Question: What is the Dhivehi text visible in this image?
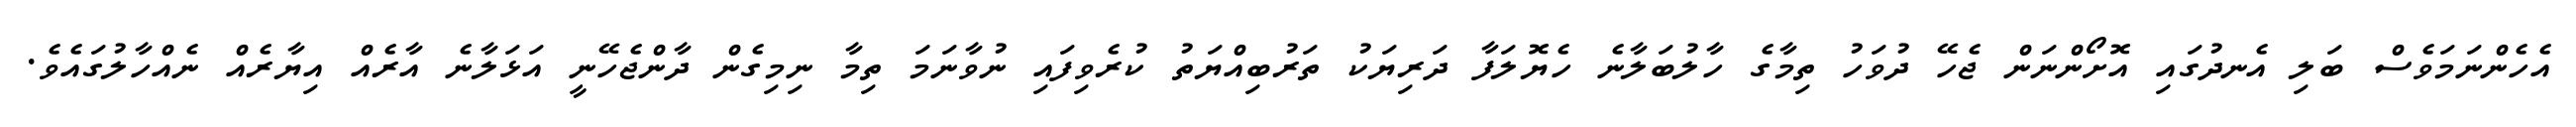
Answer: އެހެންނަމަވެސް ބަލި އެނދުގައި އޮށޯންނަން ޖެހޭ ދުވަހު ތިމާގެ ހާލުބަލާނެ ހެޔޮލަފާ ދަރިޔަކު ތަރުބިއްޔަތު ކުރެވިފައި ނުވާނަމަ ތިމާ ނިމިގެން ދާންޖެހޭނީ އަޅަލާނެ އާރެއް އިޔާރެއް ނެއްހާލުގައެވެ.